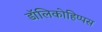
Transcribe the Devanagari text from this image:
डॉलिकोहिप्पस